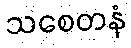
သစေတနံ